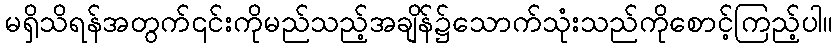
မရှိသိရန်အတွက်၎င်းကိုမည်သည့်အချိန်၌သောက်သုံးသည်ကိုစောင့်ကြည့်ပါ။